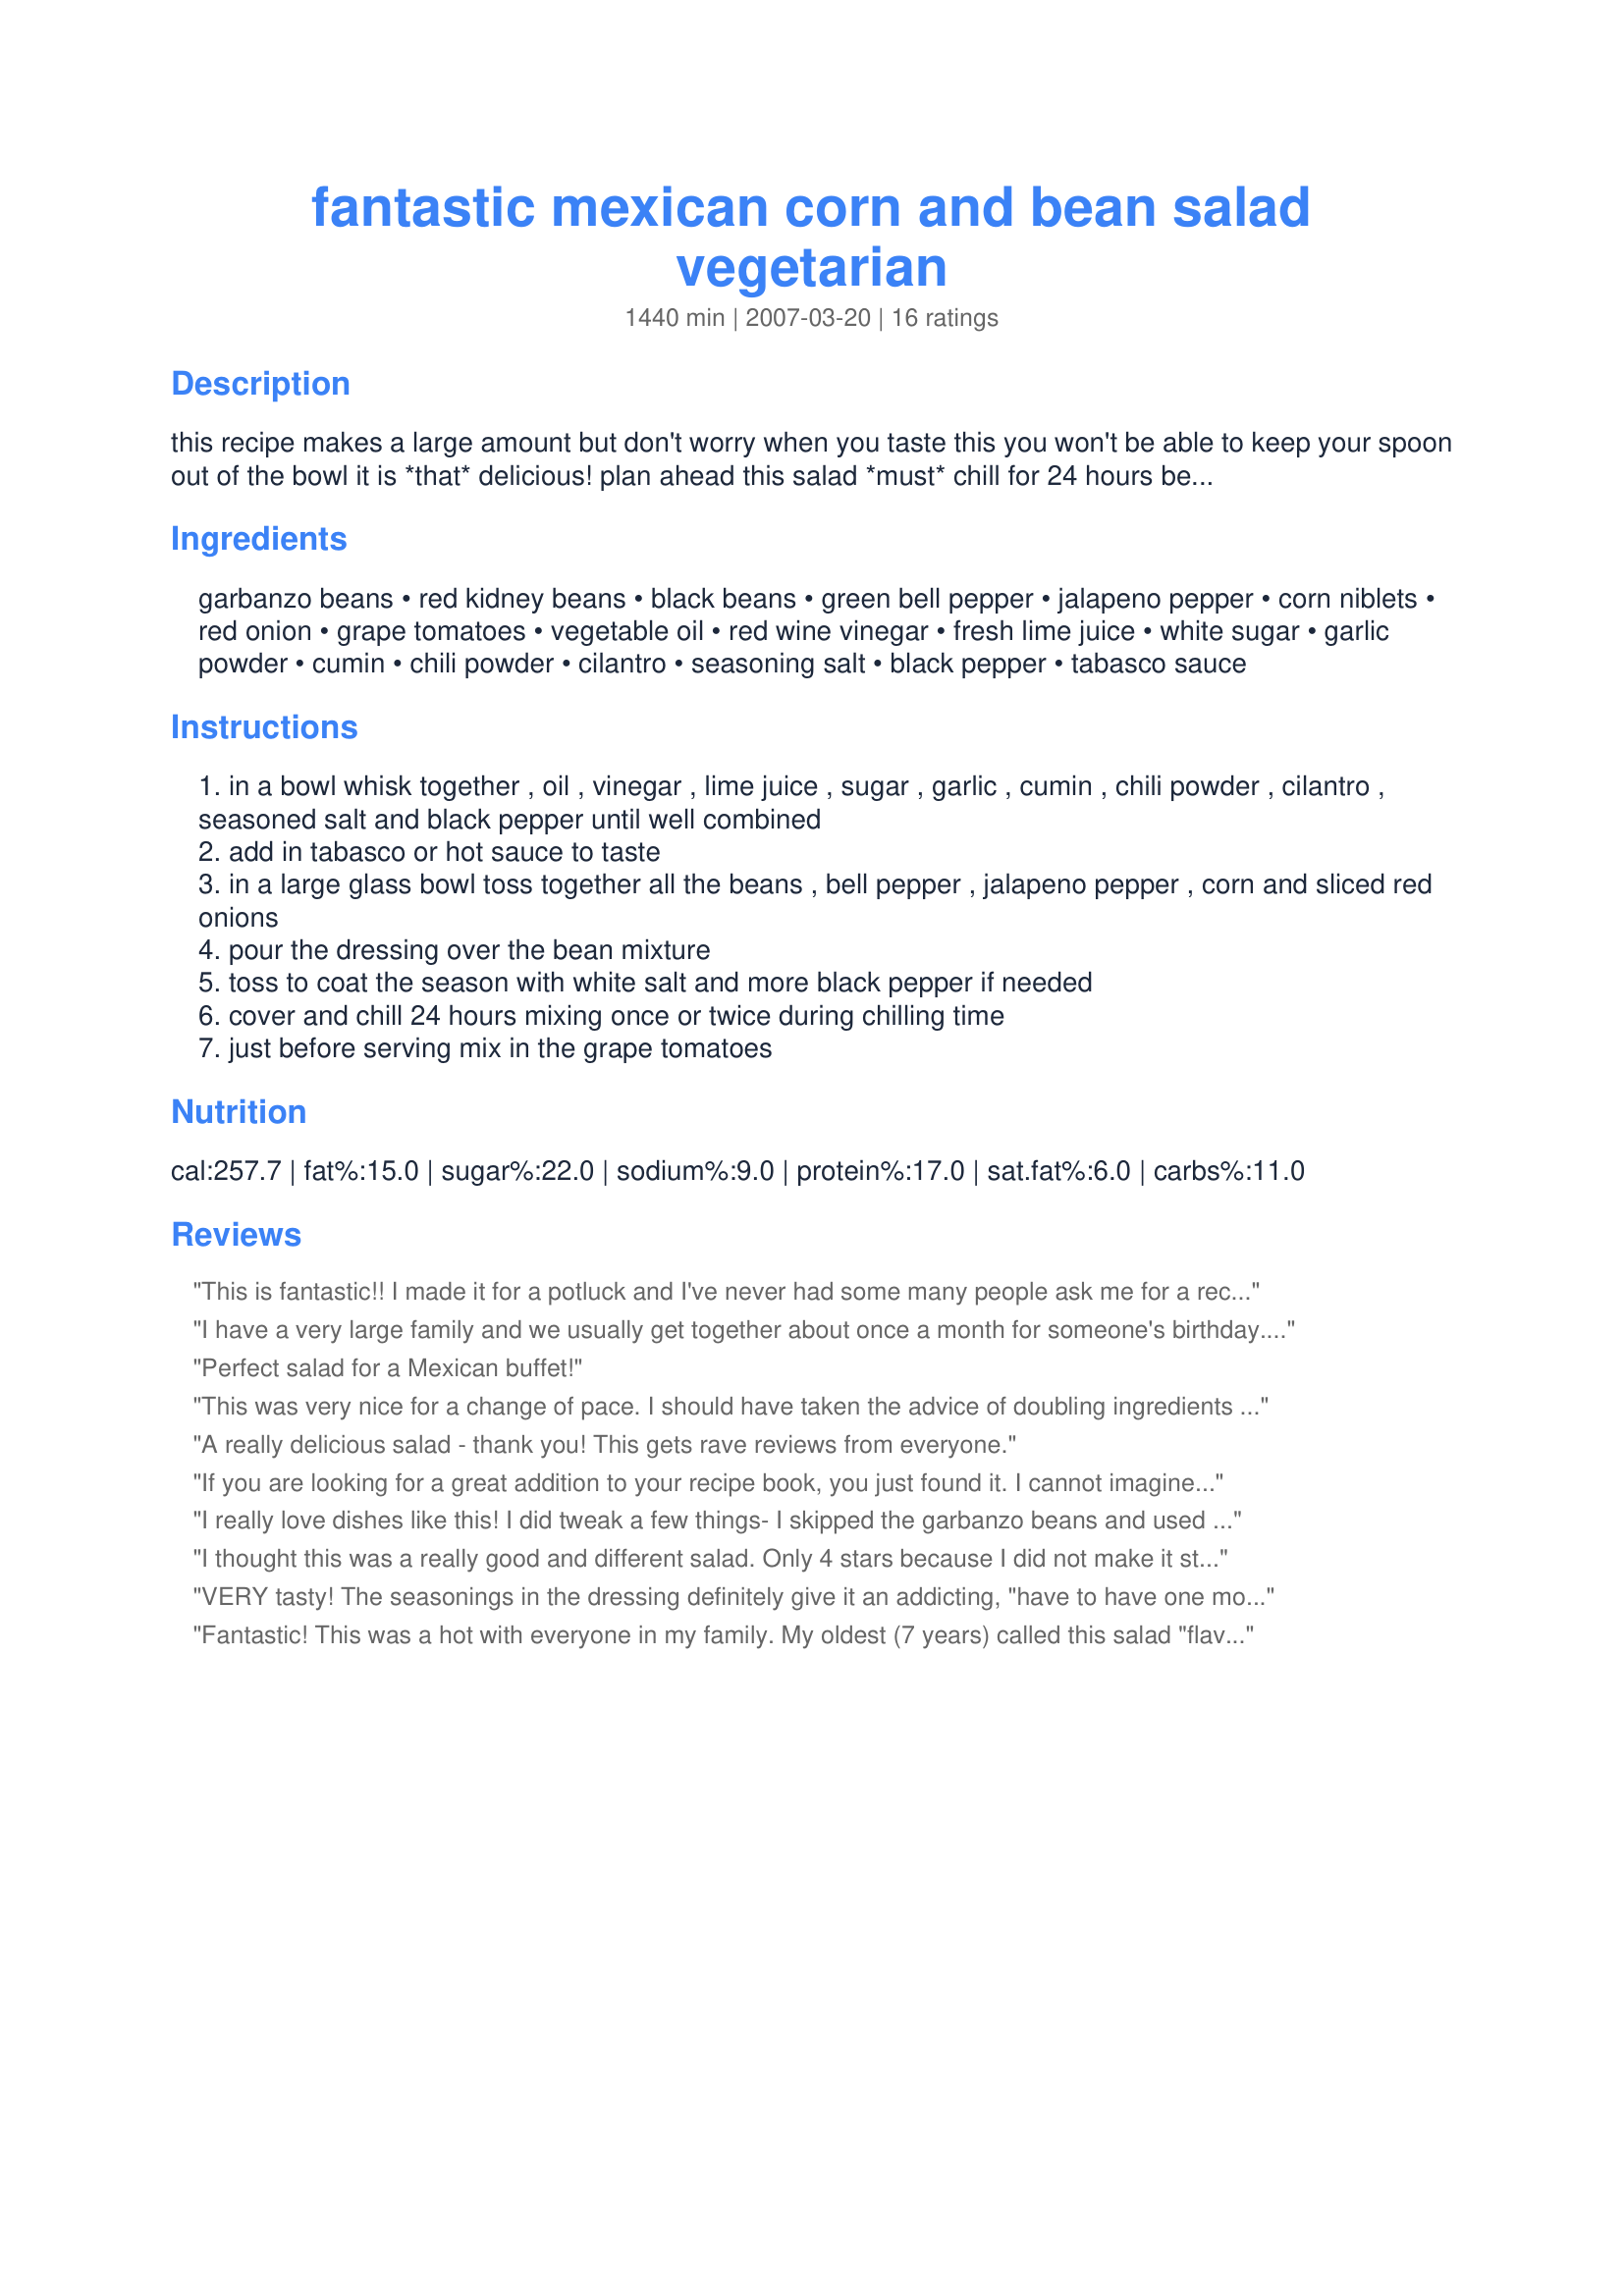
fantastic mexican corn and bean salad vegetarian
Preparation time: 1440 minutes

this recipe makes a large amount but don't worry when you taste this you won't be able to keep your spoon out of the bowl it is *that* delicious! plan ahead this salad *must* chill for 24 hours before serving. adjust the tabasco and all seasonings to taste. this is perfect for a barbecue get together or to take to a potluck!

Ingredients:
garbanzo beans, red kidney beans, black beans, green bell pepper, jalapeno pepper, corn niblets, red onion, grape tomatoes, vegetable oil, red wine vinegar, fresh lime juice, white sugar, garlic powder, cumin, chili powder, cilantro, seasoning salt, black pepper, tabasco sauce

Steps:
in a bowl whisk together , oil , vinegar , lime juice , sugar , garlic , cumin , chili powder , cilantro , seasoned salt and black pepper until well combined
add in tabasco or hot sauce to taste
in a large glass bowl toss together all the beans , bell pepper , jalapeno pepper , corn and sliced red onions
pour the dressing over the bean mixture
toss to coat the season with white salt and more black pepper if needed
cover and chill 24 hours mixing once or twice during chilling time
just before serving mix in the grape tomatoes

Reviews:
This is fantastic!! I made it for a potluck and I've never had some many people ask me for a recipe!
I have a very large family and we usually get together about once a month for someone's birthday. Everybody brings a dish. I used to be in charge of appetizers. Now it seems like this is the only thing that gets requested. Everybody loves it!!!!!!!!!!!!!!!
Perfect salad for a Mexican buffet!
This was very nice for a change of pace. I should have taken the advice of doubling ingredients when necessary, because there was an awful lot of dressing, and the single can ingredients seemed to be swimming in it! And it certainly makes a lot with just the single cans. Made for ZWT5.
A really delicious salad - thank you! This gets rave reviews from everyone.
If you are looking for a great addition to your recipe book, you just found it. I cannot imagine not having this again. It went great with the enchiladas that my guests could not get enough of. I want to say tyhis would be great on top of fish tacos as well. I got excited and forgot the grape tomoatoes but they werent missed at all. Once again, you need to try this recipe.
I really love dishes like this! I did tweak a few things- I skipped the garbanzo beans and used orcas instead, and subbed red pepper for the green. This was so easy to make, and the slightly spicy dressing was just perfect. I'll definitely make again!
I thought this was a really good and different salad. Only 4 stars because I did not make it strictly according to the directions. No black beans and I substituted pimentos for the green pepper. I also added almost 2x amount of lime juice. But overall a great saald to have with Mexican food instead of rice and beans.
VERY tasty! The seasonings in the dressing definitely give it an addicting, "have to have one more spoonful" taste!! Will make again & again!
Fantastic! This was a hot with everyone in my family. My oldest (7 years) called this salad "flavor explosion" salad. Served with rice topped with cheddar cheese - we are vegetarians not vegans and fresh peaches on the side. Perfect meal and since it made so much, we were able to have lunch for the next couple of days (as the spices soaked in to the beans - yum)! Thank you for posting.
Very, very good. Makes a ton- serves more than 10-12, that's for sure. Made exactly as stated, except added a bit more canned corn. Colorful dish, too.
This salad is so tasty! We have a container in the fridge more times than not because it is great in a lunch bag or even a dish as a healthy snack. I like to add a can of "pink beans" to the mix and we like the little cans of "super sweet" corn. Most of the time I use what I have on hand and the results are always great!
Wow this is good and it looks so colorful. Perfect to take to work.
You never go wrong with one of Kitty's recipes!!
We had a family potluck today and this was one of the salads I made. The salad part is great because you can add or subtract from the ingredients with what you might have in your pantry. Everyone thought the dressing was so good because it isn't the usual type of just oil and vinegar with a little garlic and herbs thrown in. The cumin and lime juice send the dressing to a higher level. Unfortunately, there wasn't any left over for me to take home so I'll need to put another batch together this week for dinners and my lunches.
Wow! This is so good. I made as directed except left out the green pepper since we don't care for it. I also cut the dressing amount in half just to make it healthier and it was plenty. My whole family loved it and I'm sure I will make again. Thanks for posting!
Another wonderful recipe from Kittencal! I made this salad for my (salad-averse) brother, and he insisted I leave the leftovers at his place so he can have it all to himself! This recipe is great - my first time making my own salad dressing, and now I'm super confident and would to try out all of your salad dressing recipes on Zaar : ).... Our additions to the salad were as follows: Extra corn, 1 extra jalapeno, 1/2 cup black olives, and 1/4 cup spring/green onions (white and green parts). We also left out the garbanzos and used only Kidney and Black beans. My brother's only suggestion for the next time we make this was to dice the onions vs. slice them, although I liked them sliced just fine! I'm so glad you have a wide selection of vegetarian recipes, and I can't wait to try 'em all out because I KNOW they're all going to be winners :D

Thanks again Kitten! You've become famous amongst the Sankar family members!
